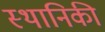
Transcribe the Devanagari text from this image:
स्थानिकी